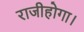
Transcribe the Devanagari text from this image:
राजीहोगा।